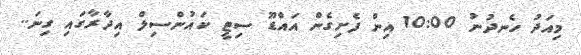
މިއަދު ހެނދުނު 10:00 އިން ފެށިގެން އައްޑޫ ސިޓީ ކައުންސިލް އިދާރާގައި ގިނަ..